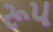
રૂ૫